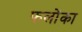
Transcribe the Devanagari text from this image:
फलोंका